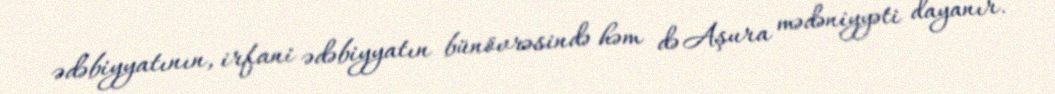
ədəbiyyatının, irfani ədəbiyyatın bünövrəsində həm də Aşura mədəniyyəti dayanır.